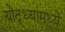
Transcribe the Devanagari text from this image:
योद्ध्यांमध्ये